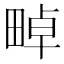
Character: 𤲤